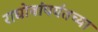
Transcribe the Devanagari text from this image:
राघोबांपर्यंतच्या